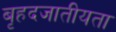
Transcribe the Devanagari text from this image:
बृहदजातीयता